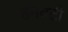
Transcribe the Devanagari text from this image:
हनवटी